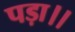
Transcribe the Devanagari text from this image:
पड़ा।।